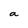
Character: a